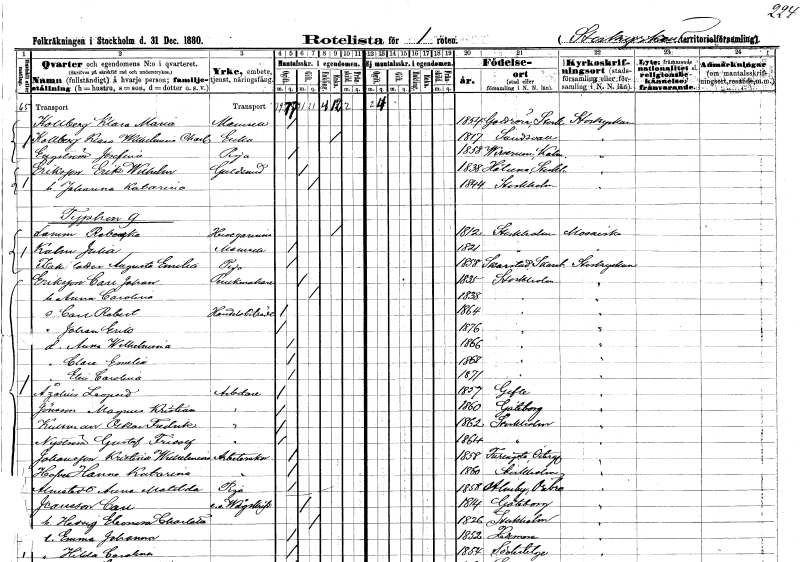
gt_parse: households: individuals: FN: Klara Maria
EN: Kollberg
KON: K
CIV: O
FODAR: 1854
FODFORS: Gottröra Stockholms län
FN: Klara Wilhelmina Charlotta
EN: Kollberg
YRKE: Änka
KON: K
CIV: E
FODAR: 1817
FODFORS: Sundsvall Västernorrlands län
FN: Josefina
EN: Engström
YRKE: Piga
KON: K
CIV: O
FODAR: 1858
FODFORS: Virserum Kalmar län
FN: Erik Wilhelm
EN: Eriksson
YRKE: Guldsmed
KON: M
CIV: G
FODAR: 1838
FODFORS: Håtuna Stockholms län
FN: Johanna Katarina
KON: K
CIV: G
FODAR: 1844
FODFORS: Stockholm
FN: Rebecka
EN: Lamm
YRKE: Husägarinna
KON: K
CIV: E
FODAR: 1812
FODFORS: Stockholm
FN: Julia
EN: Kalm
KON: K
CIV: O
FODAR: 1821
FODFORS: Stockholm
FN: Augusta Emilia
EN: Isaksdotter
YRKE: Piga
KON: K
CIV: O
FODAR: 1858
FODFORS: Skarstad Skaraborgs län
FN: Carl Johan
EN: Eriksson
YRKE: Perukmakare
KON: M
CIV: G
FODAR: 1835
FODFORS: Stockholm
FN: Anna Carolina
KON: K
CIV: G
FODAR: 1838
FODFORS: Stockholm
FN: Carl Robert
YRKE: Handelsbiträde
KON: M
CIV: O
FODAR: 1864
FODFORS: Stockholm
FN: Johan Erik
KON: M
CIV: O
FODAR: 1876
FODFORS: Stockholm
FN: Anna Wilhelmina
KON: K
CIV: O
FODAR: 1866
FODFORS: Stockholm
FN: Clara Emelia
KON: K
CIV: O
FODAR: 1868
FODFORS: Stockholm
FN: Elin Carolina
KON: K
CIV: O
FODAR: 1871
FODFORS: Stockholm
FN: Leopold
EN: Åzelius
YRKE: Arbetare
KON: M
CIV: O
FODAR: 1857
FODFORS: Gävle Gävleborgs län
FN: Magnus Kristian
EN: Jönsson
YRKE: Arbetare
KON: M
CIV: O
FODAR: 1860
FODFORS: Göteborg Göteborgs- och Bohuslän
FN: Oskar Fredrik
EN: Kullman
YRKE: Arbetare
KON: M
CIV: O
FODAR: 1862
FODFORS: Stockholm
FN: Gustaf Fridolf
EN: Nyström
YRKE: Arbetare
KON: M
CIV: O
FODAR: 1864
FODFORS: Stockholm
FN: Kristina Wilhelmina
EN: Johansson
YRKE: Arbeterska
KON: K
CIV: O
FODAR: 1858
FODFORS: Furingstad Östergötlands län
FN: Hanna Katarina
EN: Hofver
YRKE: Arbeterska
KON: K
CIV: O
FODAR: 1860
FODFORS: Stockholm
FN: Anna Matilda
EN: Almstedt
YRKE: Piga
KON: K
CIV: O
FODAR: 1858
FODFORS: Almby Örebro län